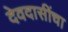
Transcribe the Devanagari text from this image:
देवदासींचा